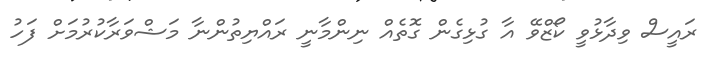
ރައީސް ވިދާޅުވީ ކޯޒްވޭ އާ ގުޅިގެން ގޮތެއް ނިންމާނީ ރައްޔިތުންނާ މަޝްވަރާކުރުމަށް ފަހު